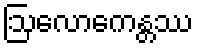
ဩလောကေန္တဿ